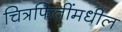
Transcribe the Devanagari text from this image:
चित्रफितींमधील